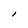
Character: l